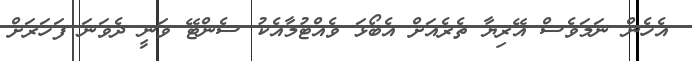
އެހެން ނަމަވެސް އޭރިޔާ ތެރެއަށް އެބޯޅަ ވެއްޓުމާއެކު ސެންޓޭ ވަނީ ދެވަނަ ފަހަރަށް